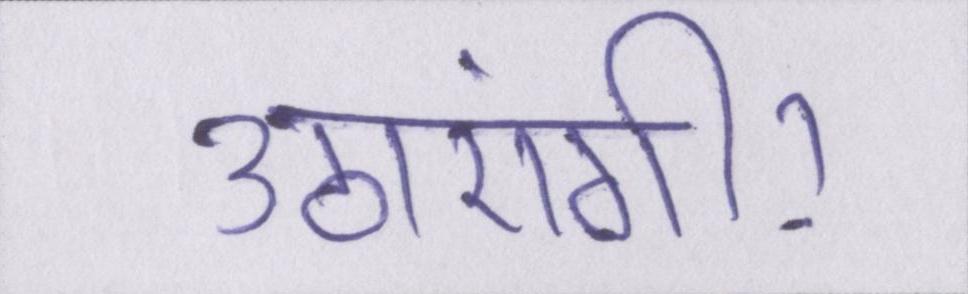
उठाएंगी।